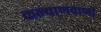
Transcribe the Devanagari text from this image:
कल्याणवाणी